Vaccination North-Western Provinces 1866-1877 - 1866-1877
Year: 1866
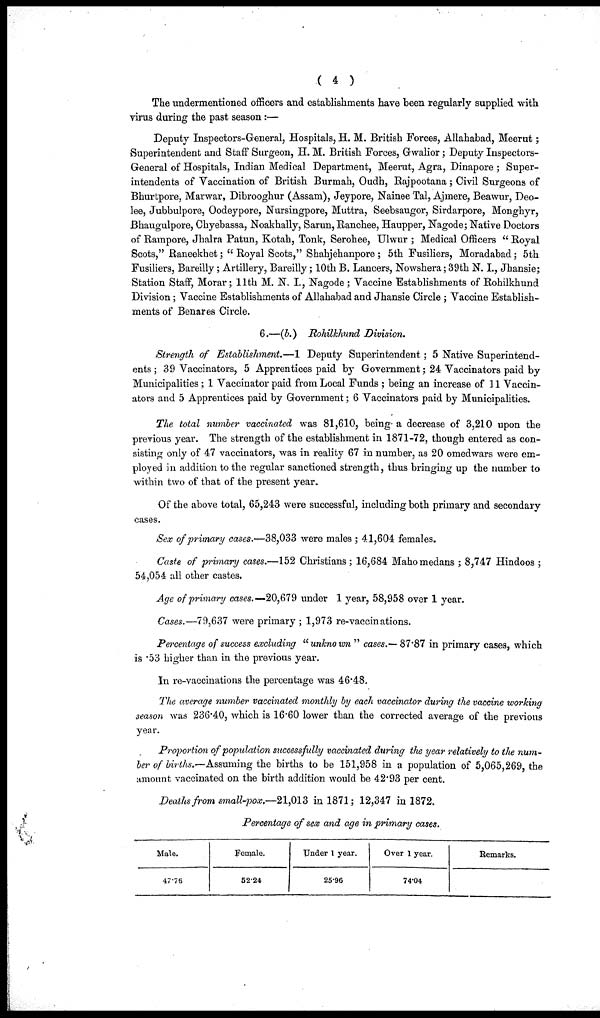
( 4 )
The undermentioned officers and establishments have been regularly supplied with
virus during the past season :—
Deputy Inspectors-General, Hospitals, H. M. British Forces, Allahabad, Meerut;
Superintendent and Staff Surgeon, H. M. British Forces, Gwalior; Deputy Inspectors-
General of Hospitals, Indian Medical Department, Meerut, Agra, Dinapore ; Super-
intendents of Vaccination of British Burmah, Oudh, Rajpootana; Civil Surgeons of
Bhurtpore, Marwar, Dibrooghur (Assam), Jeypore, Nainee Tal, Ajmere, Beawur, Deo¬
lee, Jubbulpore, Oodeypore, Nursingpore, Muttra, Seebsaugor, Sirdarpore, Monghyr,
Bhaugulpore, Chyebassa, Noakhally, Sarun, Ranchee, Haupper, Nagode; Native Doctors
of Rampore, Jhalra Patun, Kotah, Tonk, Serohee, Ulwur ; Medical Officers " Royal
Scots," Raneekhet; " Royal Scots," Shahjehanpore ; 5th Fusiliers, Moradabad; 5th
Fusiliers, Bareilly; Artillery, Bareilly; 10th B. Lancers, Nowshera; 39th N. I., Jhansie;
Station Staff, Morar; 11th M. N. I., Nagode; Vaccine Establishments of Rohilkhund
Division; Vaccine Establishments of Allahabad and Jhansie Circle ; Vaccine Establish-
ments of Benares Circle.
6.—(b.) Rohilkhund Division.
Strength of Establishment.—1 Deputy Superintendent; 5 Native Superintend-
ents ; 39 Vaccinators, 5 Apprentices paid by Government; 24 Vaccinators paid by
Municipalities; 1 Vaccinator paid from Local Funds ; being an increase of 11 Vaccin-
ators and 5 Apprentices paid by Government; 6 Vaccinators paid by Municipalities.
The total number vaccinated was 81,610, being a decrease of 3,210 upon the
previous year. The strength of the establishment in 1871-72, though entered as con-
sisting only of 47 vaccinators, was in reality 67 in number, as 20 omedwars were em-
ployed in addition to the regular sanctioned strength, thus bringing up the number to
within two of that of the present year.
Of the above total, 65,243 were successful, including both primary and secondary
cases.
Sex of primary cases.—38,033 were males ; 41,604 females.
Caste of primary cases.—152 Christians ; 16,684 Mahomedans ; 8,747 Hindoos ;
54,054 all other castes.
Age of primary cases.— 20,679 under 1 year, 58,958 over 1 year.
Cases.—79,637 were primary ; 1,973 re-vaccinations.
Percentage of success excluding "unknown " cases.— 87.87 in primary cases, which
is .53 higher than in the previous year.
In re-vaccinations the percentage was 46.48.
The average number vaccinated monthly by each vaccinator during the vaccine working
season was 236.40, which is 16.60 lower than the corrected average of the previous
year.
Proportion of population successfully vaccinated during the year relatively to the num-
ber of births.—Assuming the births to be 151,958 in a population of 5,065,269, the
amount vaccinated on the birth addition would be 42.93 per cent.
Deaths from small-pox,—21,013 in 1871; 12,347 in 1872.
Percentage of sex and age in primary cases.
Male.
47.76
Female.
52.24
Under 1 year.
25.96
Over 1 year.
74.04
Remarks.